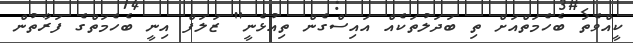
ކީއްވެތަ ބެހެމަތްއަށް ތި ބަދަލުތަކެއް އައިސްގެން ތިއުޅެނީ" ޒަލަފް އިނީ ބެހެމަތްގެ ފަރާތުން